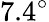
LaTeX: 7.4^{\circ}